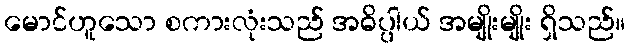
မောင်ဟူသော စကားလုံးသည် အဓိပ္ပါယ် အမျိုးမျိုး ရှိသည်။